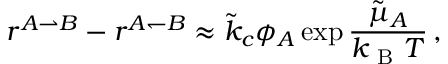
r ^ { A \rightharpoonup B } - r ^ { A \leftharpoondown B } \approx \tilde { k } _ { c } \phi _ { A } \exp { \frac { \tilde { \mu } _ { A } } { k _ { \mathrm { ~ B ~ } } T } } \, ,